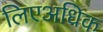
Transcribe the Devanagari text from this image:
लिएअधिक